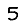
Digit: 5